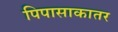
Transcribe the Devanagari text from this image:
पिपासाकातर